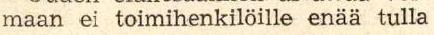
maan ei toimihenkilöille enää tulla